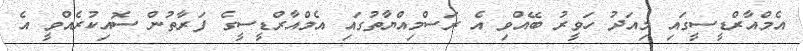
އެމްއާރްޑީސީގައި މިއަދު ހަވީރު ބޭއްވި އެ ރަސްމިއްޔާތުގައި އެމްއާރްޑީސީގެ ފަރާތުން ސޮއިކުރެއްވީ އެ